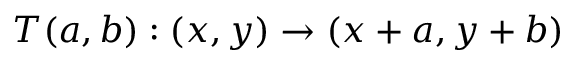
T ( a , b ) : ( x , y ) \rightarrow ( x + a , y + b )